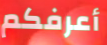
أعرفكم